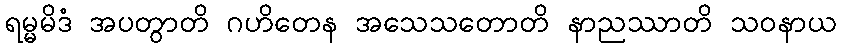
ရမ္မမိဒံ အပတွာတိ ဂဟိတေန အသေသတောတိ နာညဿာတိ သဝနာယ